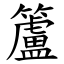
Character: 籚